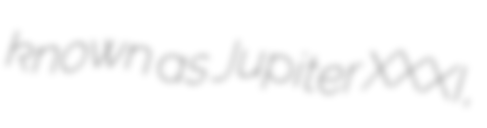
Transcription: known as Jupiter XXXI,